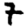
Digit: 7